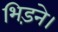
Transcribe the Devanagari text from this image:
भिड़ने।